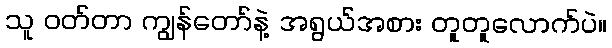
သူ ဝတ်တာ ကျွန်တော်နဲ့ အရွယ်အစား တူတူလောက်ပဲ။